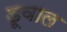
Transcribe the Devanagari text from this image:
डूवाल